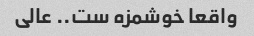
واقعا خوشمزه ست.. عالی